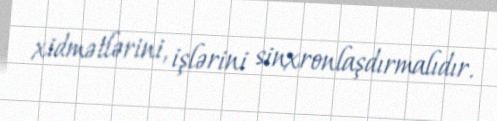
xidmətlərini, işlərini sinxronlaşdırmalıdır.